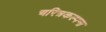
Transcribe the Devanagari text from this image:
चरित्रकल्पना